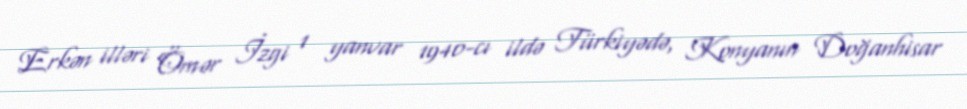
Erkən illəri Ömər İzgi 1 yanvar 1940-cı ildə Türkiyədə, Konyanın Doğanhisar